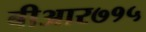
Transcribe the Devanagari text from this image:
बीआर७१५